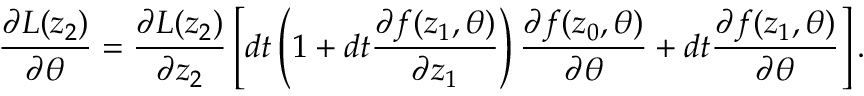
\frac { \partial L ( z _ { 2 } ) } { \partial \theta } = \frac { \partial L ( z _ { 2 } ) } { \partial z _ { 2 } } \left[ d t \left( 1 + d t \frac { \partial f ( z _ { 1 } , \theta ) } { \partial z _ { 1 } } \right) \frac { \partial f ( z _ { 0 } , \theta ) } { \partial \theta } + d t \frac { \partial f ( z _ { 1 } , \theta ) } { \partial \theta } \right] .